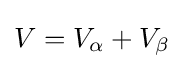
V=V_{\alpha }+V_{\beta }